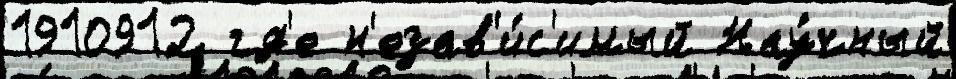
1910912 гд'е н'езав'и́с'имый Нау́чный